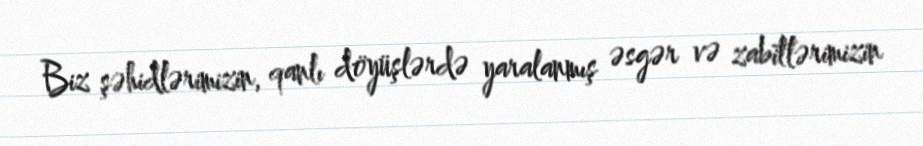
Biz şəhidlərimizin, qanlı döyüşlərdə yaralanmış əsgər və zabitlərimizin